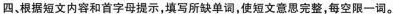
四、根据短文内容和首字母提示,填写所缺单词,使短文意思完整,每空限一词。